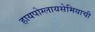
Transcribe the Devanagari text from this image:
हायपोग्लायसेमियाची